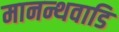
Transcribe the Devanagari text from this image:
मानन्थवाडि